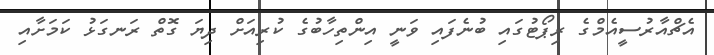
އެޗްއާރުސީއެމްގެ ރިޕޯޓުގައި ބުނެފައި ވަނީ އިންތިހާބުގެ ކުރިއަށް ދިޔަ ގޮތް ރަނގަޅު ކަމަށާއި